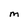
Character: m